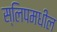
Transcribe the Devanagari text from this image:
स्लिपमधील